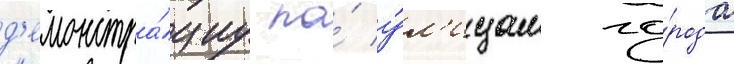
д'емонстра́циу по́ у́л'ицам го́рода